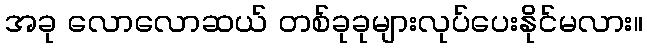
အခု လောလောဆယ် တစ်ခုခုများလုပ်ပေးနိုင်မလား။